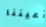
أعيننا